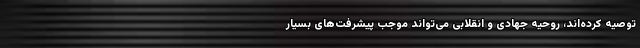
توصیه کرده‌اند، روحیه جهادی و انقلابی می‌تواند موجب پیشرفت‌های بسیار